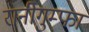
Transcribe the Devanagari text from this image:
रानीगुम्फा